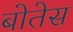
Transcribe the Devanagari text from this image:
बोतेस